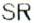
SR